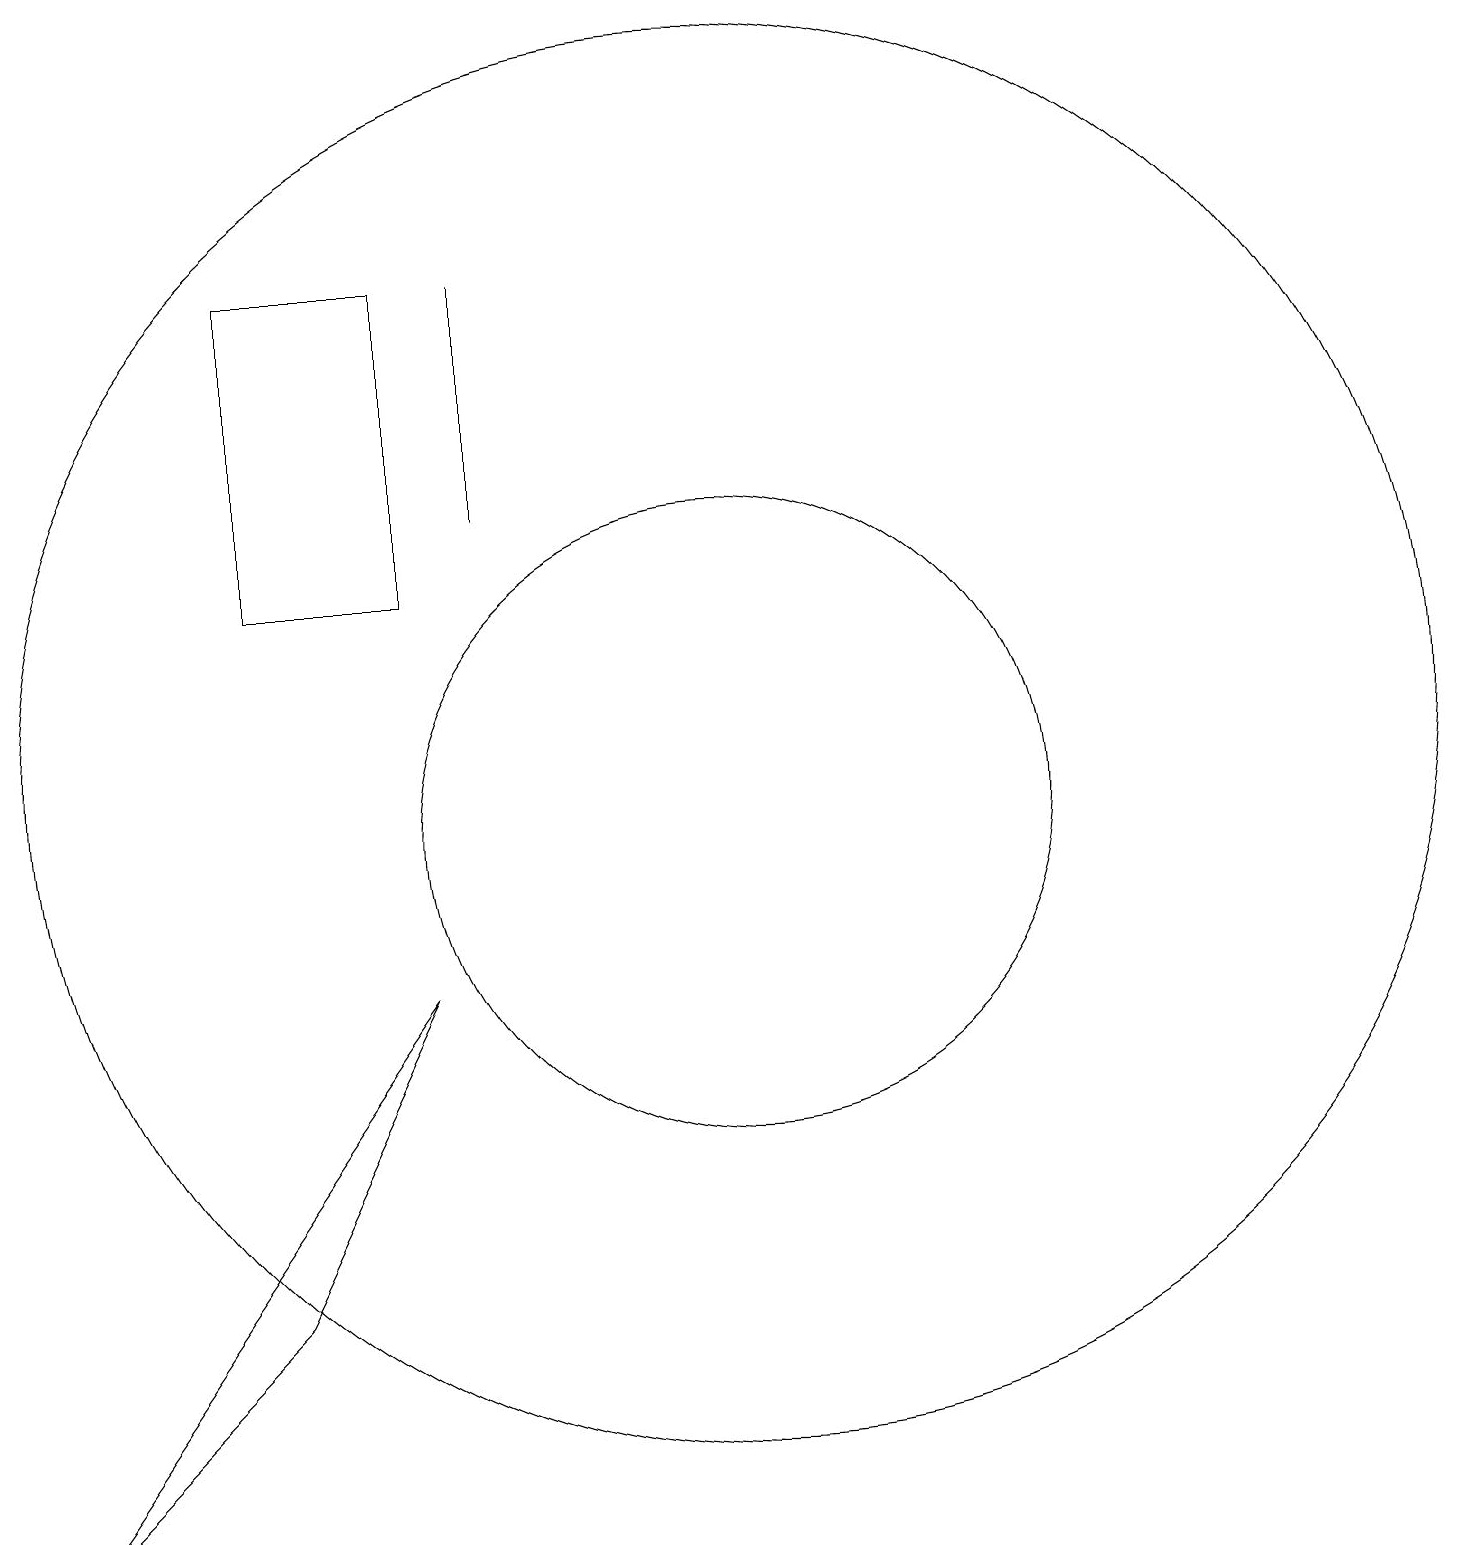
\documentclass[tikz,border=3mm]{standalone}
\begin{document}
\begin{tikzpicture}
\draw (7,14) rectangle (7,17);
\draw (10,11) circle (9);
\draw (6,8) -- (1,1) -- (4,4) -- cycle;
\draw (6,17) rectangle (4,13);
\draw (10,10) circle (4);
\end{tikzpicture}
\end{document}